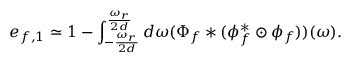
e _ { f , 1 } \simeq 1 - \int _ { - \frac { \omega _ { r } } { 2 d } } ^ { \frac { \omega _ { r } } { 2 d } } d \omega ( \Phi _ { f } * ( \phi _ { f } ^ { * } \odot \phi _ { f } ) ) ( \omega ) .